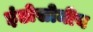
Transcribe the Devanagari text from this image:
इंडोसोमीय